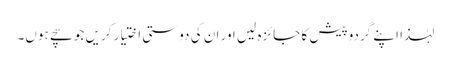
لہٰذا اپنے گردوپیش کا جائزہ لیں اور ان کی دوستی اختیار کریں جو سچے ہوں۔